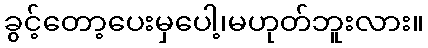
ခွင့်တော့ပေးမှပေါ့၊မဟုတ်ဘူးလား။